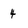
Character: 4